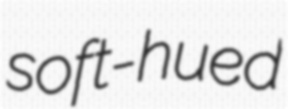
soft-hued